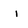
Character: i